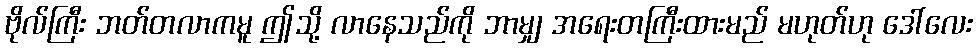
ဗိုလ်ကြီး ဘတ်တလာကမူ ဤသို့ လာနေသည်ကို ဘာမျှ အရေးတကြီးထားမည် မဟုတ်ဟု ဒေါ်လေး